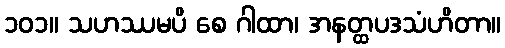
၁၀၁။ သဟဿမပိ စေ ဂါထာ၊ အနတ္ထပဒသံဟိတာ။